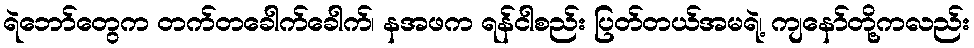
ရဲဘော်တွေက တက်တခေါက်ခေါက်၊ နအဖက ရန်ငါစည်း ပြတ်တယ်အမရဲ့၊ ကျနော်တို့ကလည်း